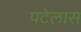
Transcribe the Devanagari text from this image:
पटेलास